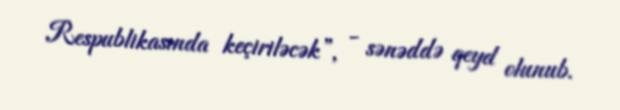
Respublikasında keçiriləcək”, - sənəddə qeyd olunub.